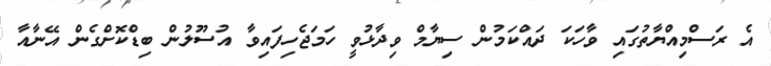
އެ ރަސްމިއްޔާތުގައި ވާހަކަ ދައްކަމުން ސިޔާމް ވިދާޅުވީ ހަމަޖެހިފައިވާ އުސޫލުން ބިޑްކޮށްގެން އޭނާއާ